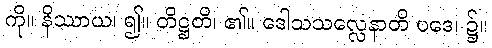
ကို။ နိဿာယ၊ ၍။ တိဋ္ဌတိ၊ ၏။ ဒေါသသလ္လေနာတိ ပဒေ၊ ၌။